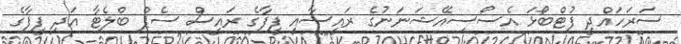
ސަރަހައްދީ ފުޓްބޯޅަ އެސޯސިއޭޝަނަނުގެ ރައީސާއި ފީފާގެ ރައީސް ސެޕް ބްލެޓާ އަދި ފީފާގެ